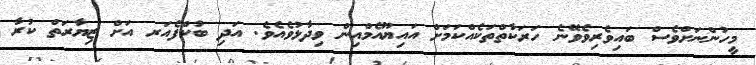
މީހުންނަށްވެސް ބައިވެރިވެވޭނެ ހަރަކާތްތަކެއްކަމަށް އައިޔޫއެމްއިން ވިދާޅުވެއެވެ. އަދި ބުކްފެއަރ އަށް ޒިޔާރަތް ކުރާ